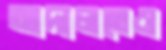
আদালতেও